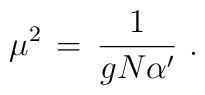
\mu^2 \,=\,{1\over g N \alpha^\prime}\,\,.